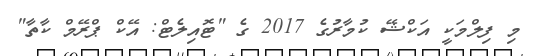
މި ފިލްމަކީ އަކްޝޭ ކުމާރުގެ 2017 ގެ "ޓޮއިލެޓް: އޭކް ޕްރޭމް ކާތާ"